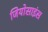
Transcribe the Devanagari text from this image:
जियोसाइंस